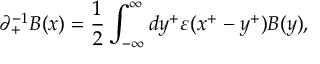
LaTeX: { \partial } _ { + } ^ { - 1 } B ( x ) = \frac { 1 } { 2 } \int _ { - { \infty } } ^ { \infty } d y ^ { + } { \varepsilon } ( x ^ { + } - y ^ { + } ) B ( y ) ,